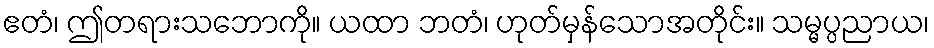
ဧတံ၊ ဤတရားသဘောကို။ ယထာ ဘတံ၊ ဟုတ်မှန်သောအတိုင်း။ သမ္မပ္ပညာယ၊